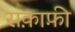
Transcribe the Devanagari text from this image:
सक़ाफ़ी